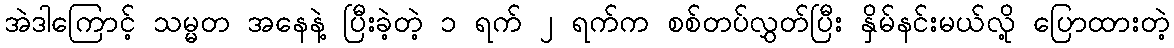
အဲဒါကြောင့် သမ္မတ အနေနဲ့ ပြီးခဲ့တဲ့ ၁ ရက် ၂ ရက်က စစ်တပ်လွှတ်ပြီး နှိမ်နင်းမယ်လို့ ပြောထားတဲ့